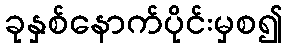
ခုနှစ်နောက်ပိုင်းမှစ၍